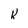
Character: k